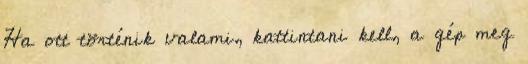
Ha ott történik valami, kattintani kell, a gép meg